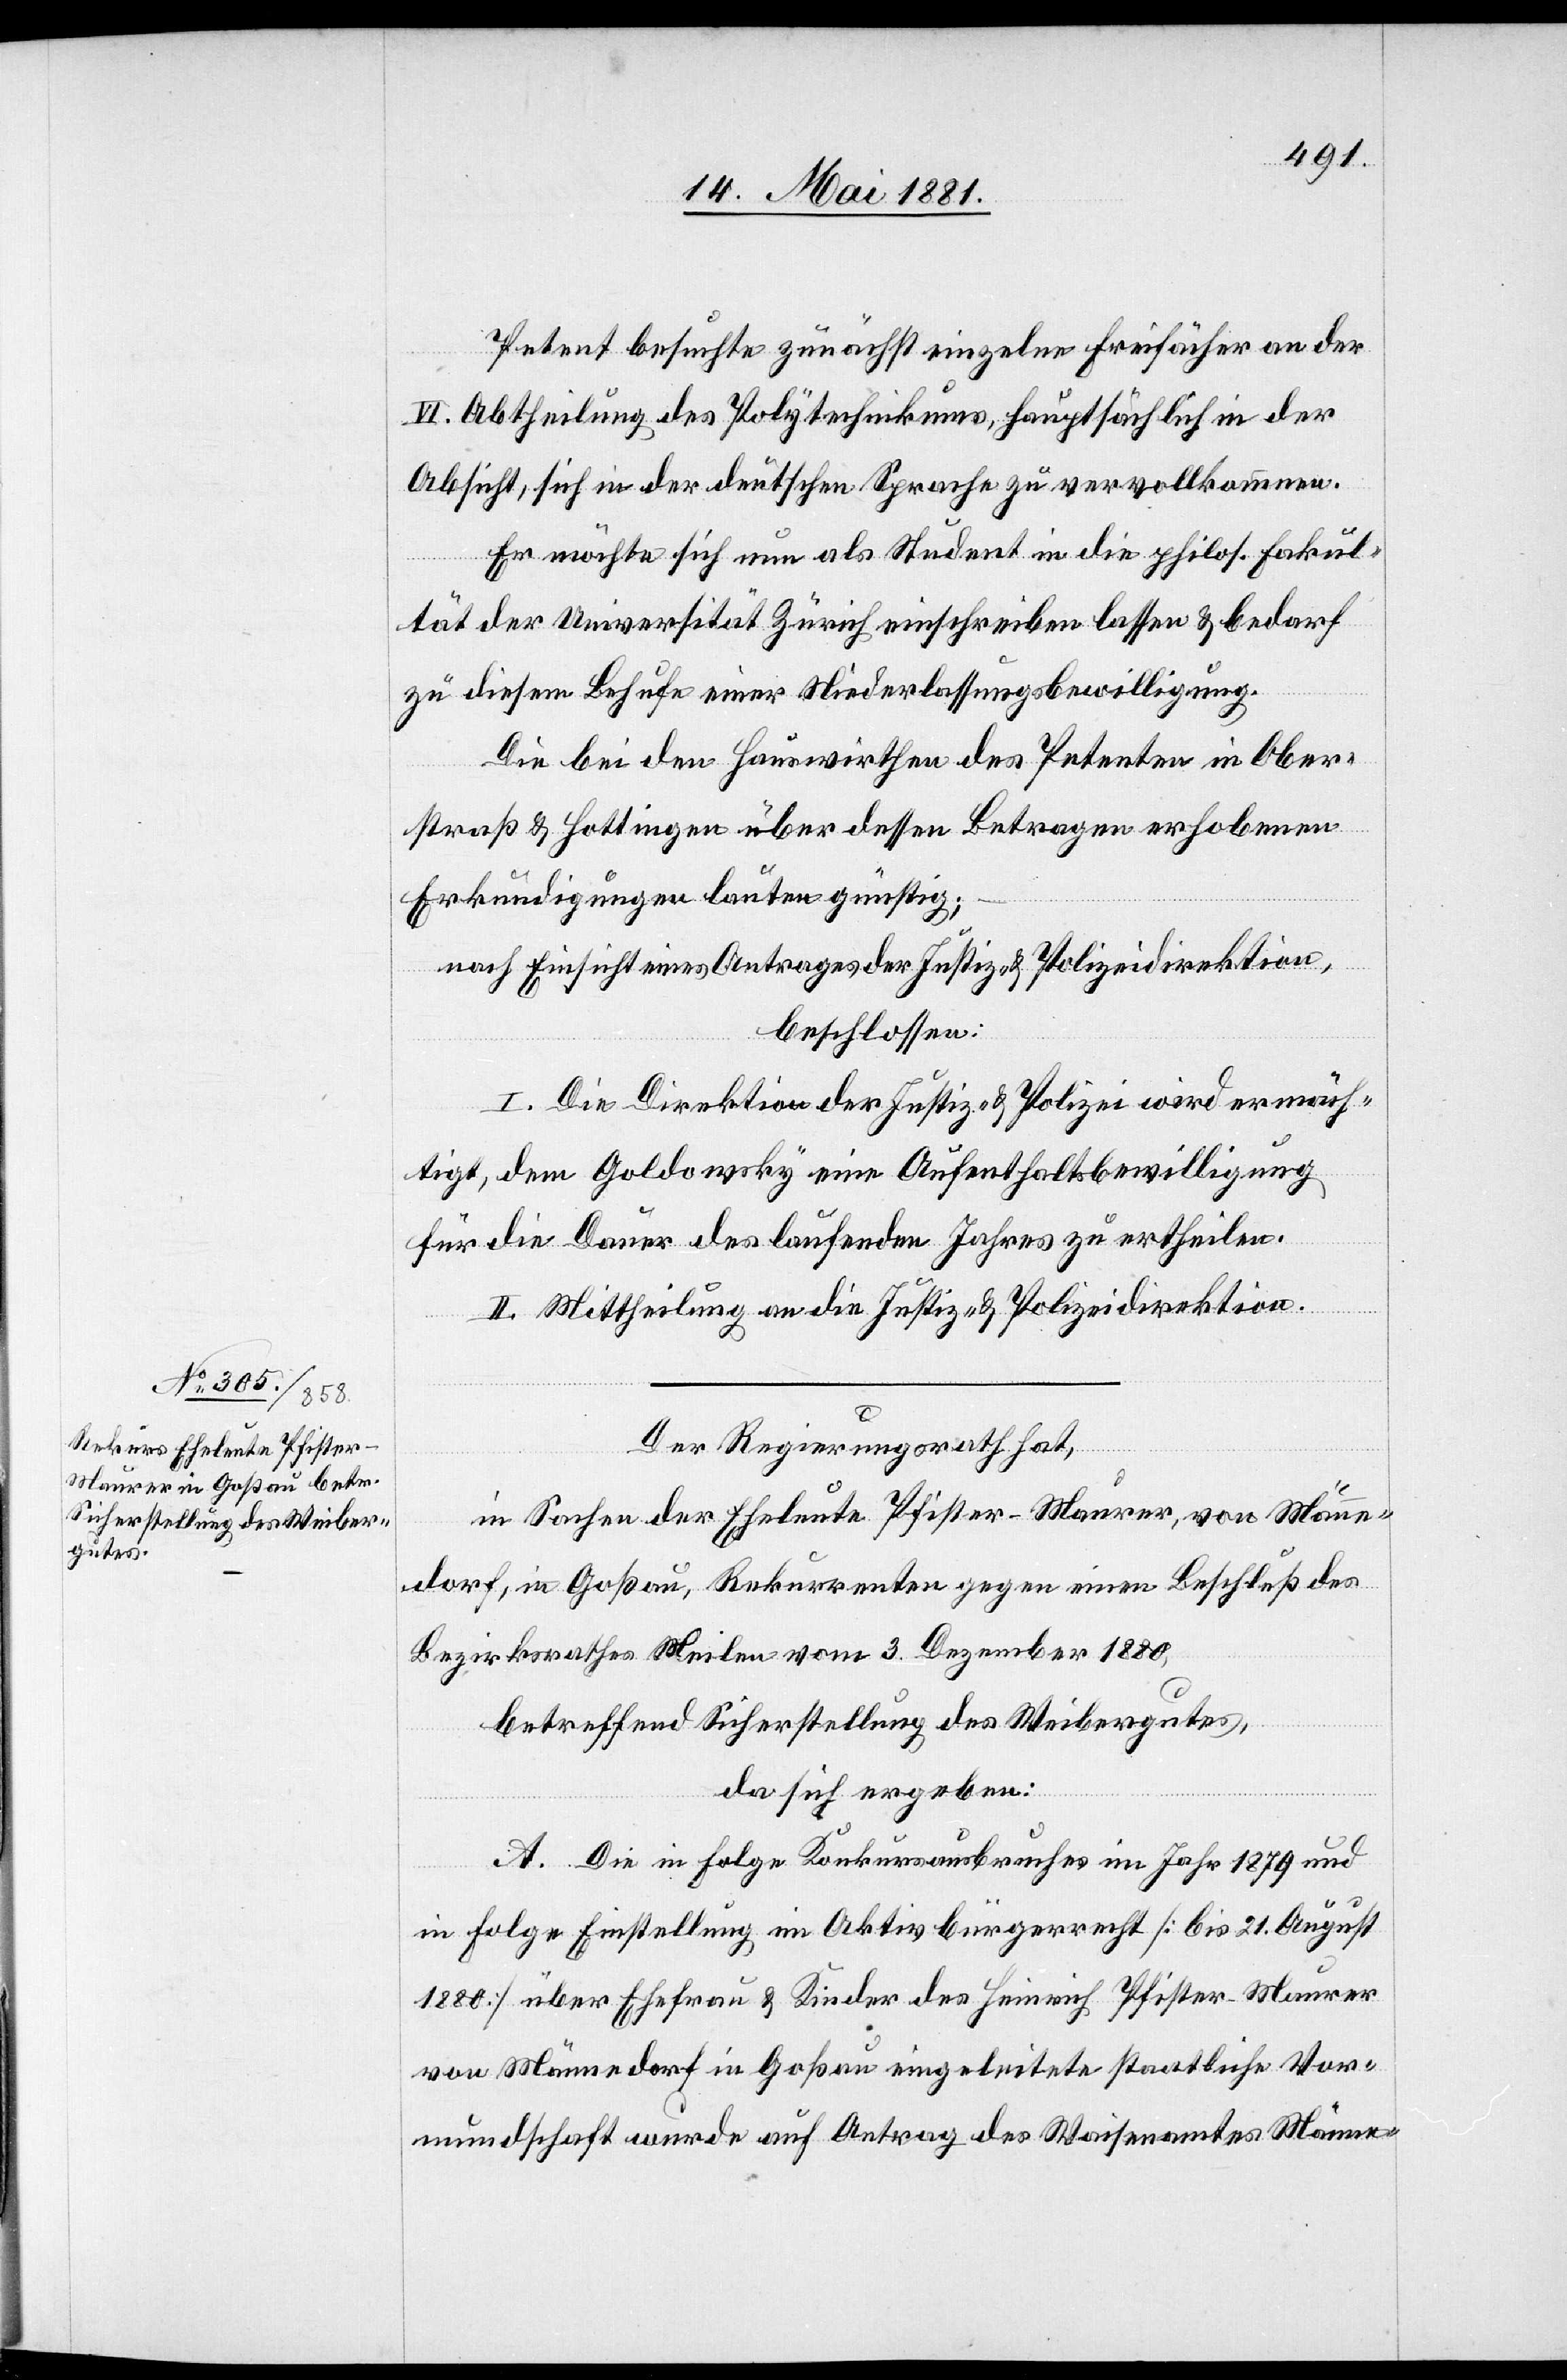
VI. Abtheilung des Polytechnikums, hauptsächlich in der
Absicht, sich in der deutschen Sprache zu vervollkommen.
Er möchte sich nun als Student in die philos. Fakul¬
tät der Universität Zürich einschreiben lassen & bedarf
zu diesem Behufe einer Niederlassungsbewilligung.
Die bei den Hauswirthen des Petenten in Ober¬
straß & Hottingen über dessen Betragen erhobenen
Erkundungen lauten günstig;
nach Einsicht eines Antrages der Justiz- & Polizeidirektion,
beschlossen:
I. Die Direktion der Justiz- & Polizei [sic!] wird ermäch¬
tigt, dem Goldowsky eine Aufenthaltsbewilligung
für die Dauer des laufenden Jahres zu ertheilen.
II. Mittheilung an die Justiz- & Polizeidirektion.
der